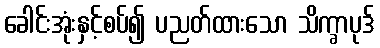
ခေါင်းအုံးနှင့်စပ်၍ ပညတ်ထားသော သိက္ခာပုဒ်